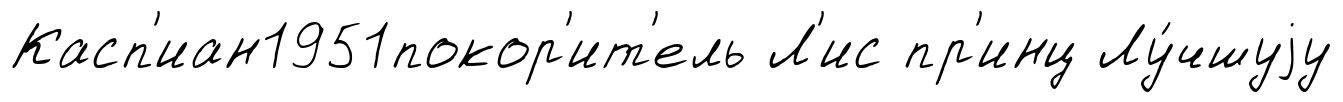
Касп'иан1951покор'ит'ель Л'ис пр'инц Лу́чшуjу